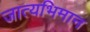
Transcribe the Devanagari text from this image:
जात्यभिमान